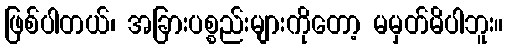
ဖြစ်ပါတယ်၊ အခြားပစ္စည်းများကိုတော့ မမှတ်မိပါဘူး။